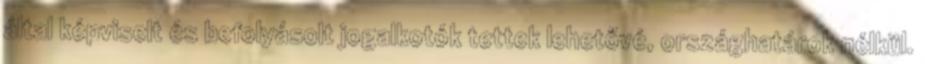
által képviselt és befolyásolt jogalkotók tettek lehetővé, országhatárok nélkül.